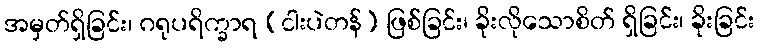
အမှတ်ရှိခြင်း၊ ဂရုပရိက္ခာရ (ငါးပဲတန်) ဖြစ်ခြင်း၊ ခိုးလိုသောစိတ် ရှိခြင်း၊ ခိုးခြင်း